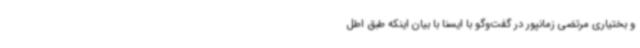
و بختیاری مرتضی زمانپور در گفت‌وگو با ایسنا با بیان اینکه طبق اطل